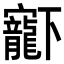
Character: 𡬈